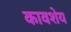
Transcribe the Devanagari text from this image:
कावशेय